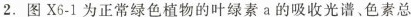
2.图X6-1为正常绿色植物的叶绿素a的吸收光谱、色素总